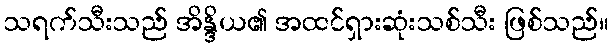
သရက်သီးသည် အိန္ဒိယ၏ အထင်ရှားဆုံးသစ်သီး ဖြစ်သည်။